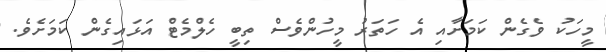
މީހަކު ވެގެން ކަމަށާއި އެ ހަތަރު މީހުންވެސް ތިބީ ހެލްމެޓް އަޅައިގެން ކަމަށެވެ.